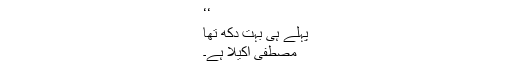
‘‘
پہلے ہی بہت دکھ تھا
مصطفیٰ اکیلا ہے۔